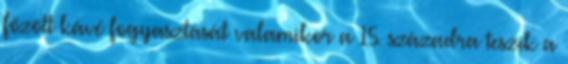
főzött kávé fogyasztását valamikor a 15. századra teszik a